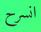
انسرح